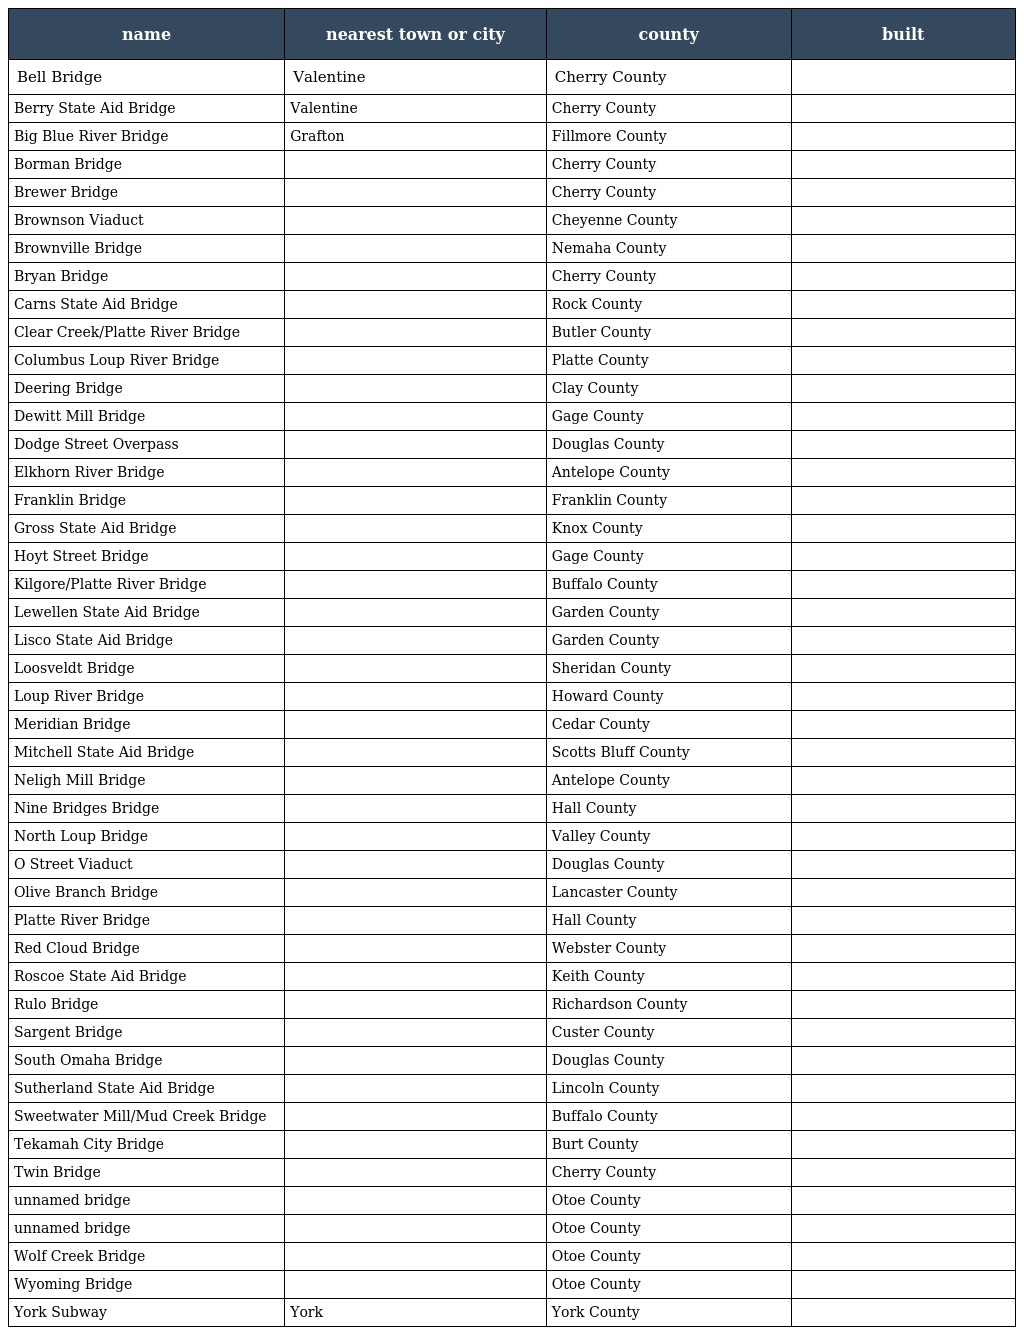
| name | nearest town or city | county | built |
 | --- | --- | --- | --- |
 | Bell Bridge | Valentine | Cherry County |  |
 | Berry State Aid Bridge | Valentine | Cherry County |  |
 | Big Blue River Bridge | Grafton | Fillmore County |  |
 | Borman Bridge |  | Cherry County |  |
 | Brewer Bridge |  | Cherry County |  |
 | Brownson Viaduct |  | Cheyenne County |  |
 | Brownville Bridge |  | Nemaha County |  |
 | Bryan Bridge |  | Cherry County |  |
 | Carns State Aid Bridge |  | Rock County |  |
 | Clear Creek/Platte River Bridge |  | Butler County |  |
 | Columbus Loup River Bridge |  | Platte County |  |
 | Deering Bridge |  | Clay County |  |
 | Dewitt Mill Bridge |  | Gage County |  |
 | Dodge Street Overpass |  | Douglas County |  |
 | Elkhorn River Bridge |  | Antelope County |  |
 | Franklin Bridge |  | Franklin County |  |
 | Gross State Aid Bridge |  | Knox County |  |
 | Hoyt Street Bridge |  | Gage County |  |
 | Kilgore/Platte River Bridge |  | Buffalo County |  |
 | Lewellen State Aid Bridge |  | Garden County |  |
 | Lisco State Aid Bridge |  | Garden County |  |
 | Loosveldt Bridge |  | Sheridan County |  |
 | Loup River Bridge |  | Howard County |  |
 | Meridian Bridge |  | Cedar County |  |
 | Mitchell State Aid Bridge |  | Scotts Bluff County |  |
 | Neligh Mill Bridge |  | Antelope County |  |
 | Nine Bridges Bridge |  | Hall County |  |
 | North Loup Bridge |  | Valley County |  |
 | O Street Viaduct |  | Douglas County |  |
 | Olive Branch Bridge |  | Lancaster County |  |
 | Platte River Bridge |  | Hall County |  |
 | Red Cloud Bridge |  | Webster County |  |
 | Roscoe State Aid Bridge |  | Keith County |  |
 | Rulo Bridge |  | Richardson County |  |
 | Sargent Bridge |  | Custer County |  |
 | South Omaha Bridge |  | Douglas County |  |
 | Sutherland State Aid Bridge |  | Lincoln County |  |
 | Sweetwater Mill/Mud Creek Bridge |  | Buffalo County |  |
 | Tekamah City Bridge |  | Burt County |  |
 | Twin Bridge |  | Cherry County |  |
 | unnamed bridge |  | Otoe County |  |
 | unnamed bridge |  | Otoe County |  |
 | Wolf Creek Bridge |  | Otoe County |  |
 | Wyoming Bridge |  | Otoe County |  |
 | York Subway | York | York County |  |